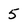
Character: 5